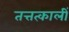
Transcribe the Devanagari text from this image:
तत्तत्कालीं